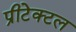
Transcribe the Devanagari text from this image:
प्रीटेक्टल